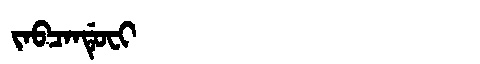
Manchu: ᠵᠠᠪᠴᠠᠨᡩᡠᠸᡳ
Romanization: JABCANDUFI